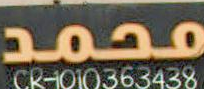
محمد